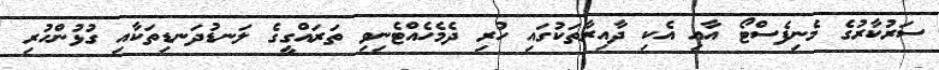
ސަރުކާރުގެ މެނިފެސްޓޯ އާއި އެކި ދާއިރާތަކުގައި ހުރި ދެމެހެއްޓެނިވި ތަރައްގީގެ ލަނޑުދަނޑިތަކާއި ގުޅުންހުރި